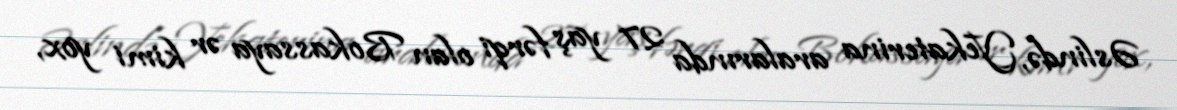
Əslində, Yekaterina aralarında 27 yaş fərqi olan Bokassaya ər kimi yox,